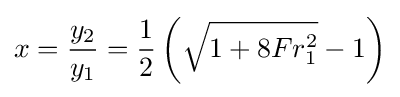
x={\frac {y_{2}}{y_{1}}}={\frac {1}{2}}\left({\sqrt {1+8Fr_{1}^{2}}}-1\right)